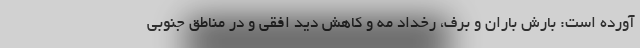
آورده است: بارش باران و برف، رخداد مه و کاهش دید افقی و در مناطق جنوبی